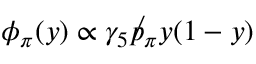
\phi _ { \pi } ( y ) \propto \gamma _ { 5 } \not p _ { \pi } y ( 1 - y )